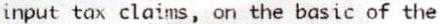
INPUT TAX CLAIMS, ON THE BASIC OF THE